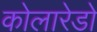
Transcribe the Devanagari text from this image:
कोलारेडो